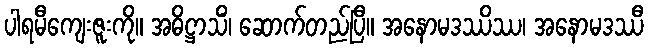
ပါရမီကျေးဇူးကို။ အဓိဋ္ဌာသိံ၊ ဆောက်တည်ပြီ။ အနောမဒဿိဿ၊ အနောမဒဿီ